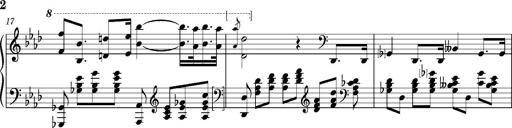
Title: Introduction des Variations sur une marche du SiÃ¨ge de Corinthe, S.421a
Composer: Franz Liszt
Key: F minor